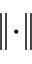
\lVert \cdot \rVert